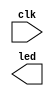
module top (
    input wire clk, // 50mhz clock
    output wire led
);


    
endmodule